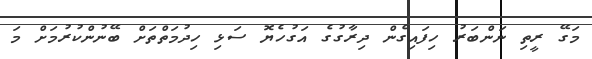
މަގޭ ރީތި ނަންބަރު ހިފައިގެން ދިރާގުގެ އަގުހެޔޮ ސަޅި ހިދުމަތްތަށް ބޭނުންކުރުމަށް މަ